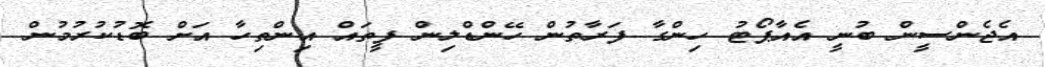
އެޖެންސީން ބުނީ އެއާޕޯޓު ހިންގާ ފަރާތުން ހޭންޑްލިން ފީތައް އިންތިހާ އަށް ބޮޑުކުރުމުން